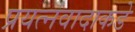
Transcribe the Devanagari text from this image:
प्रयत्‍नवादाकडे